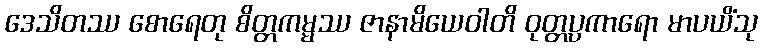
ဒေသိတဿ စောရေတု စိတ္တကမ္မဿ ဇာနာမိယေဝါတိ ဝုတ္တပ္ပကာရော မာပယိံသု